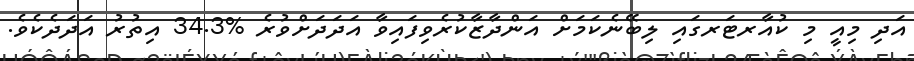
އަދި މިއީ މި ކުއާރޓަރގައި ލިބޭނެކަމަށް އަންދާޒާކުރެވިފައިވާ އަދަދަށްވުރެ %34.3 އިތުރު އަދަދެކެވެ.